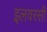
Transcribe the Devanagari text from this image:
इलवरसी